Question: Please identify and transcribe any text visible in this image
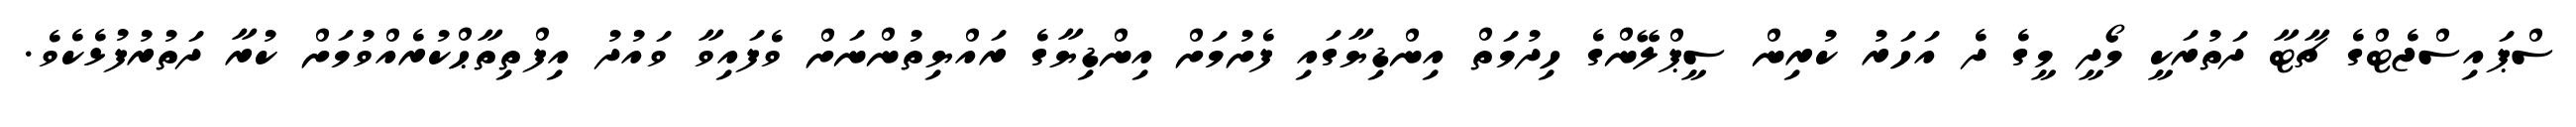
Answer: ސްޕައިސްޖެޓްގެ ޗާޓާ ދަތުރަކީ މޯދީ މީގެ ދެ އަހަރު ކުރިން ސީޕްލޭންގެ ހިދުމަތް އިންޑިޔާގައި ފެށުމަށް އިންޑިޔާގެ ރައްޔިތުންނަށް ވެފައިވާ ވައުދު އިފްތިތާޙްކުރެއްވުމަށް ކުރާ ދަތުރުފުޅެކެވެ.